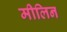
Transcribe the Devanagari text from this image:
मीलिन